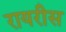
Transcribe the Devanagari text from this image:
रायरीस